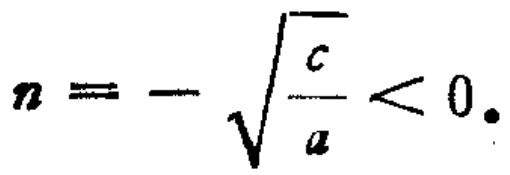
\(n = - \sqrt{\frac{c}{a}} < 0.\)